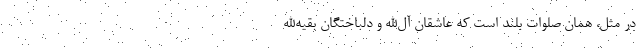
در مثل، همان صلوات بلند است که عاشقان آل‌الله و دلباختگان بقیهًْ‌الله